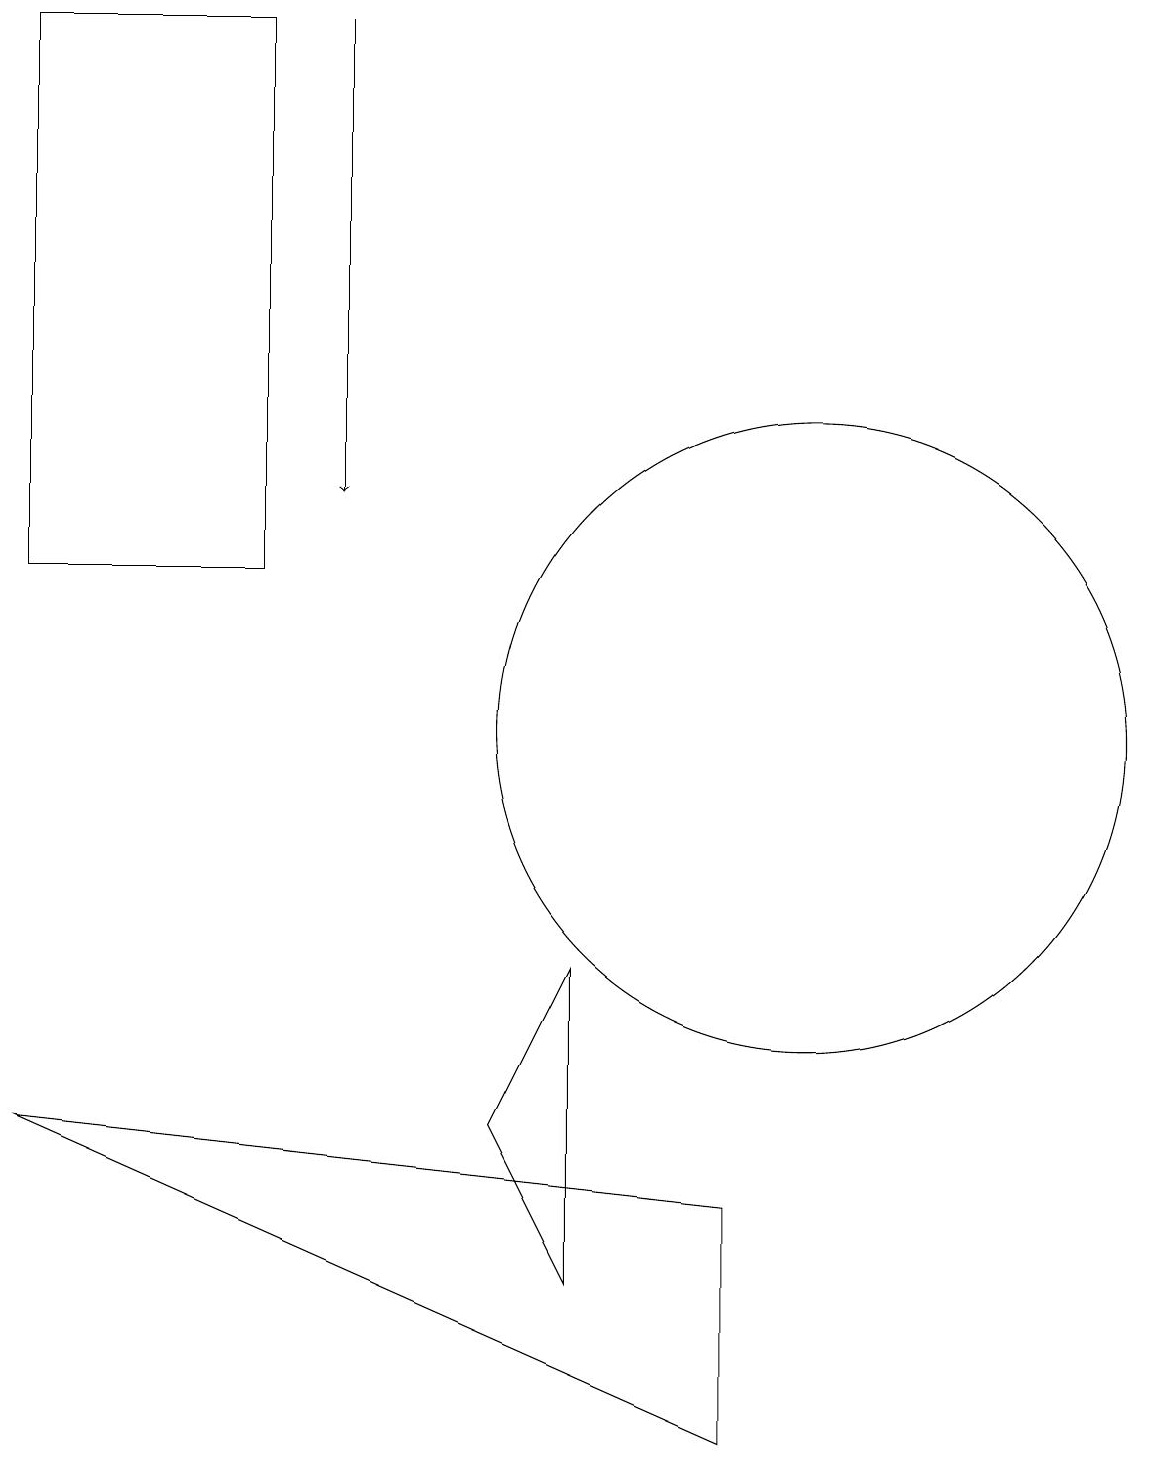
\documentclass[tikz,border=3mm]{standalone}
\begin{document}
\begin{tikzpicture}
\draw[->] (4,19) -- (4,13);
\draw (10,10) circle (4);
\draw (6,5) -- (7,3) -- (7,7) -- cycle;
\draw (0,19) rectangle (3,12);
\draw (9,4) -- (0,5) -- (9,1) -- cycle;
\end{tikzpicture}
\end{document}